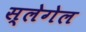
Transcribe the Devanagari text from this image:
स्लेगेल